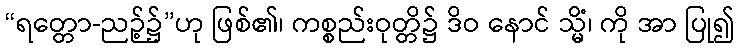
“ရတ္တော-ညဉ့်၌”ဟု ဖြစ်၏၊ ကစ္စည်းဝုတ္တိ၌ ဒိဝ နောင် သ္မိံ၊ ကို အာ ပြု၍